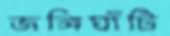
জঙ্গিঘাঁটি